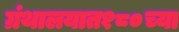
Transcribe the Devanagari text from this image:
ग्रंथालयात१८०च्या